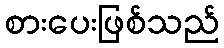
စားပေးဖြစ်သည်